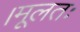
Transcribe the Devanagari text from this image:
।मूलतः